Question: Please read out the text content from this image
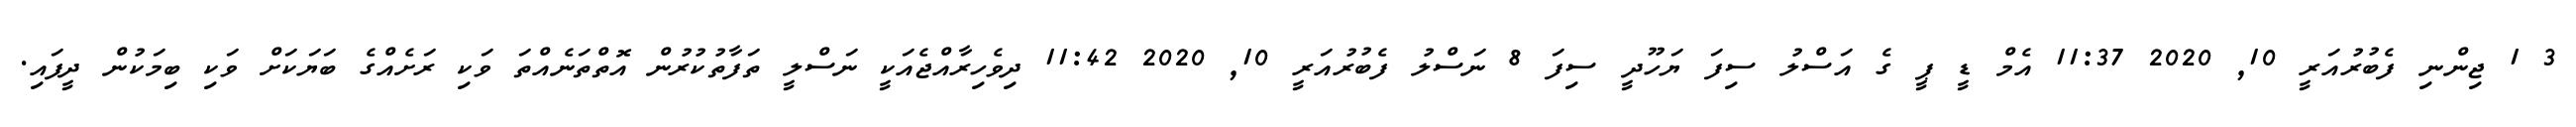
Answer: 3 1 ޖިންނި ފެބުރުއަރީ 10, 2020 11:37 އެމް ޑީ ޕީ ގެ އަސްލު ސިފަ ޔަހޫދީ ސިފަ 8 ނަސްލު ފެބުރުއަރީ 10, 2020 11:42 ދިވެހިރާއްޖެއަކީ ނަސްލީ ތަފާތުކުރުން އޮތްތަނެއްތަ ވަކި ރަށެއްގެ ބަޔަކަށް ވަކި ބިމަކުން ދީފައި.